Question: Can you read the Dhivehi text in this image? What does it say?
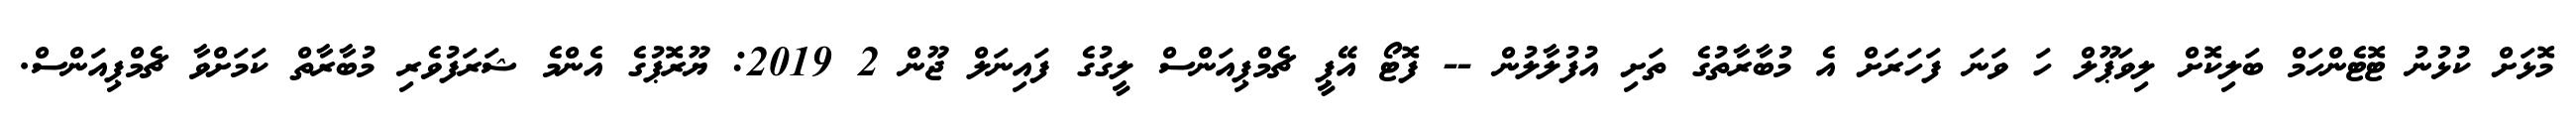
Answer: މޮޅަށް ކުޅުނު ޓޮޓެންހަމް ބަލިކޮށް ލިވަޕޫލް ހަ ވަނަ ފަހަރަށް އެ މުބާރާތުގެ ތަށި އުފުލާލުން -- ފޮޓޯ އޭޕީ ޗެމްޕިއަންސް ލީގުގެ ފައިނަލް ޖޫން 2 2019: ޔޫރޮޕުގެ އެންމެ ޝަރަފުވެރި މުބާރާތް ކަމަށްވާ ޗެމްޕިއަންސް.